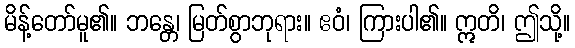
မိန့်တော်မူ၏။ ဘန္တေ၊ မြတ်စွာဘုရား။ ဧဝံ၊ ကြားပါ၏။ ဣတိ၊ ဤသို့။